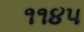
૧૧૪૫